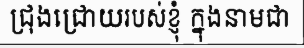
ជ្រុងជ្រោយរបស់ខ្ញុំ ក្នុងនាមជា